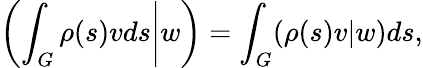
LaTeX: \left.\left(\int_{G}\rho(s)vds\right|w\right)=\int_{G}(\rho(s)v|w)ds,